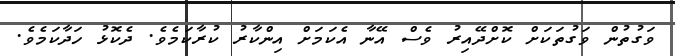
ވަގުތުން ވަގުތަކަށް ކޮށްދޭއިރު ވެސް އޭނާ އެކަމަށް އިންކާރު ކުރާކަމެވެ. ދެކޮޅު ހަދާކަމެވެ.